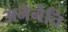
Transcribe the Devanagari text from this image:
अनेनेति